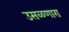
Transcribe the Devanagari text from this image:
उसळणारा